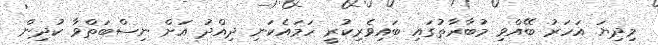
މިދިޔަ އަހަރު ބޭއްވި މުބާރާތުގައި ބައިވެރިކުރީ ހަމައެކަނި ދިއްދު އަށް ނިސްބަތްވާ ކުދިން